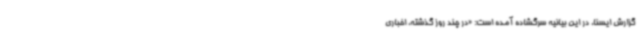
گزارش ایسنا، در این بیانیه سرگشاده آمده است: «در چند روز گذشته، اخباری